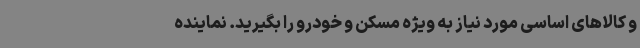
و کالاهای اساسی مورد نیاز به ویژه مسکن و خودرو را بگیرید. نماینده